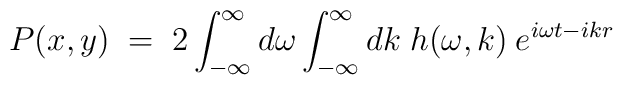
P(x,y) \;=\; 2 \int_{-\infty}^\infty d\omega \int_{-\infty}^\infty dk \; h(\omega, k) \:e^{i \omega t - i k r}